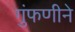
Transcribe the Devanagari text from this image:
गुंफणीने